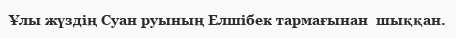
Ұлы жүздің Суан руының Елшібек тармағынан  шыққан.